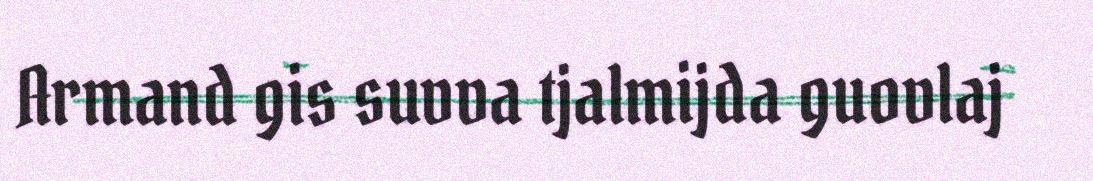
Armand gis suvva tjalmijda guovlaj